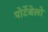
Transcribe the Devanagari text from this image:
पोर्टेबेलो